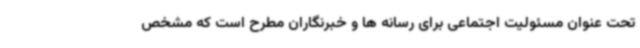
تحت عنوان مسئولیت اجتماعی برای رسانه ها و خبرنگاران مطرح است که مشخص